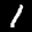
Label: 1